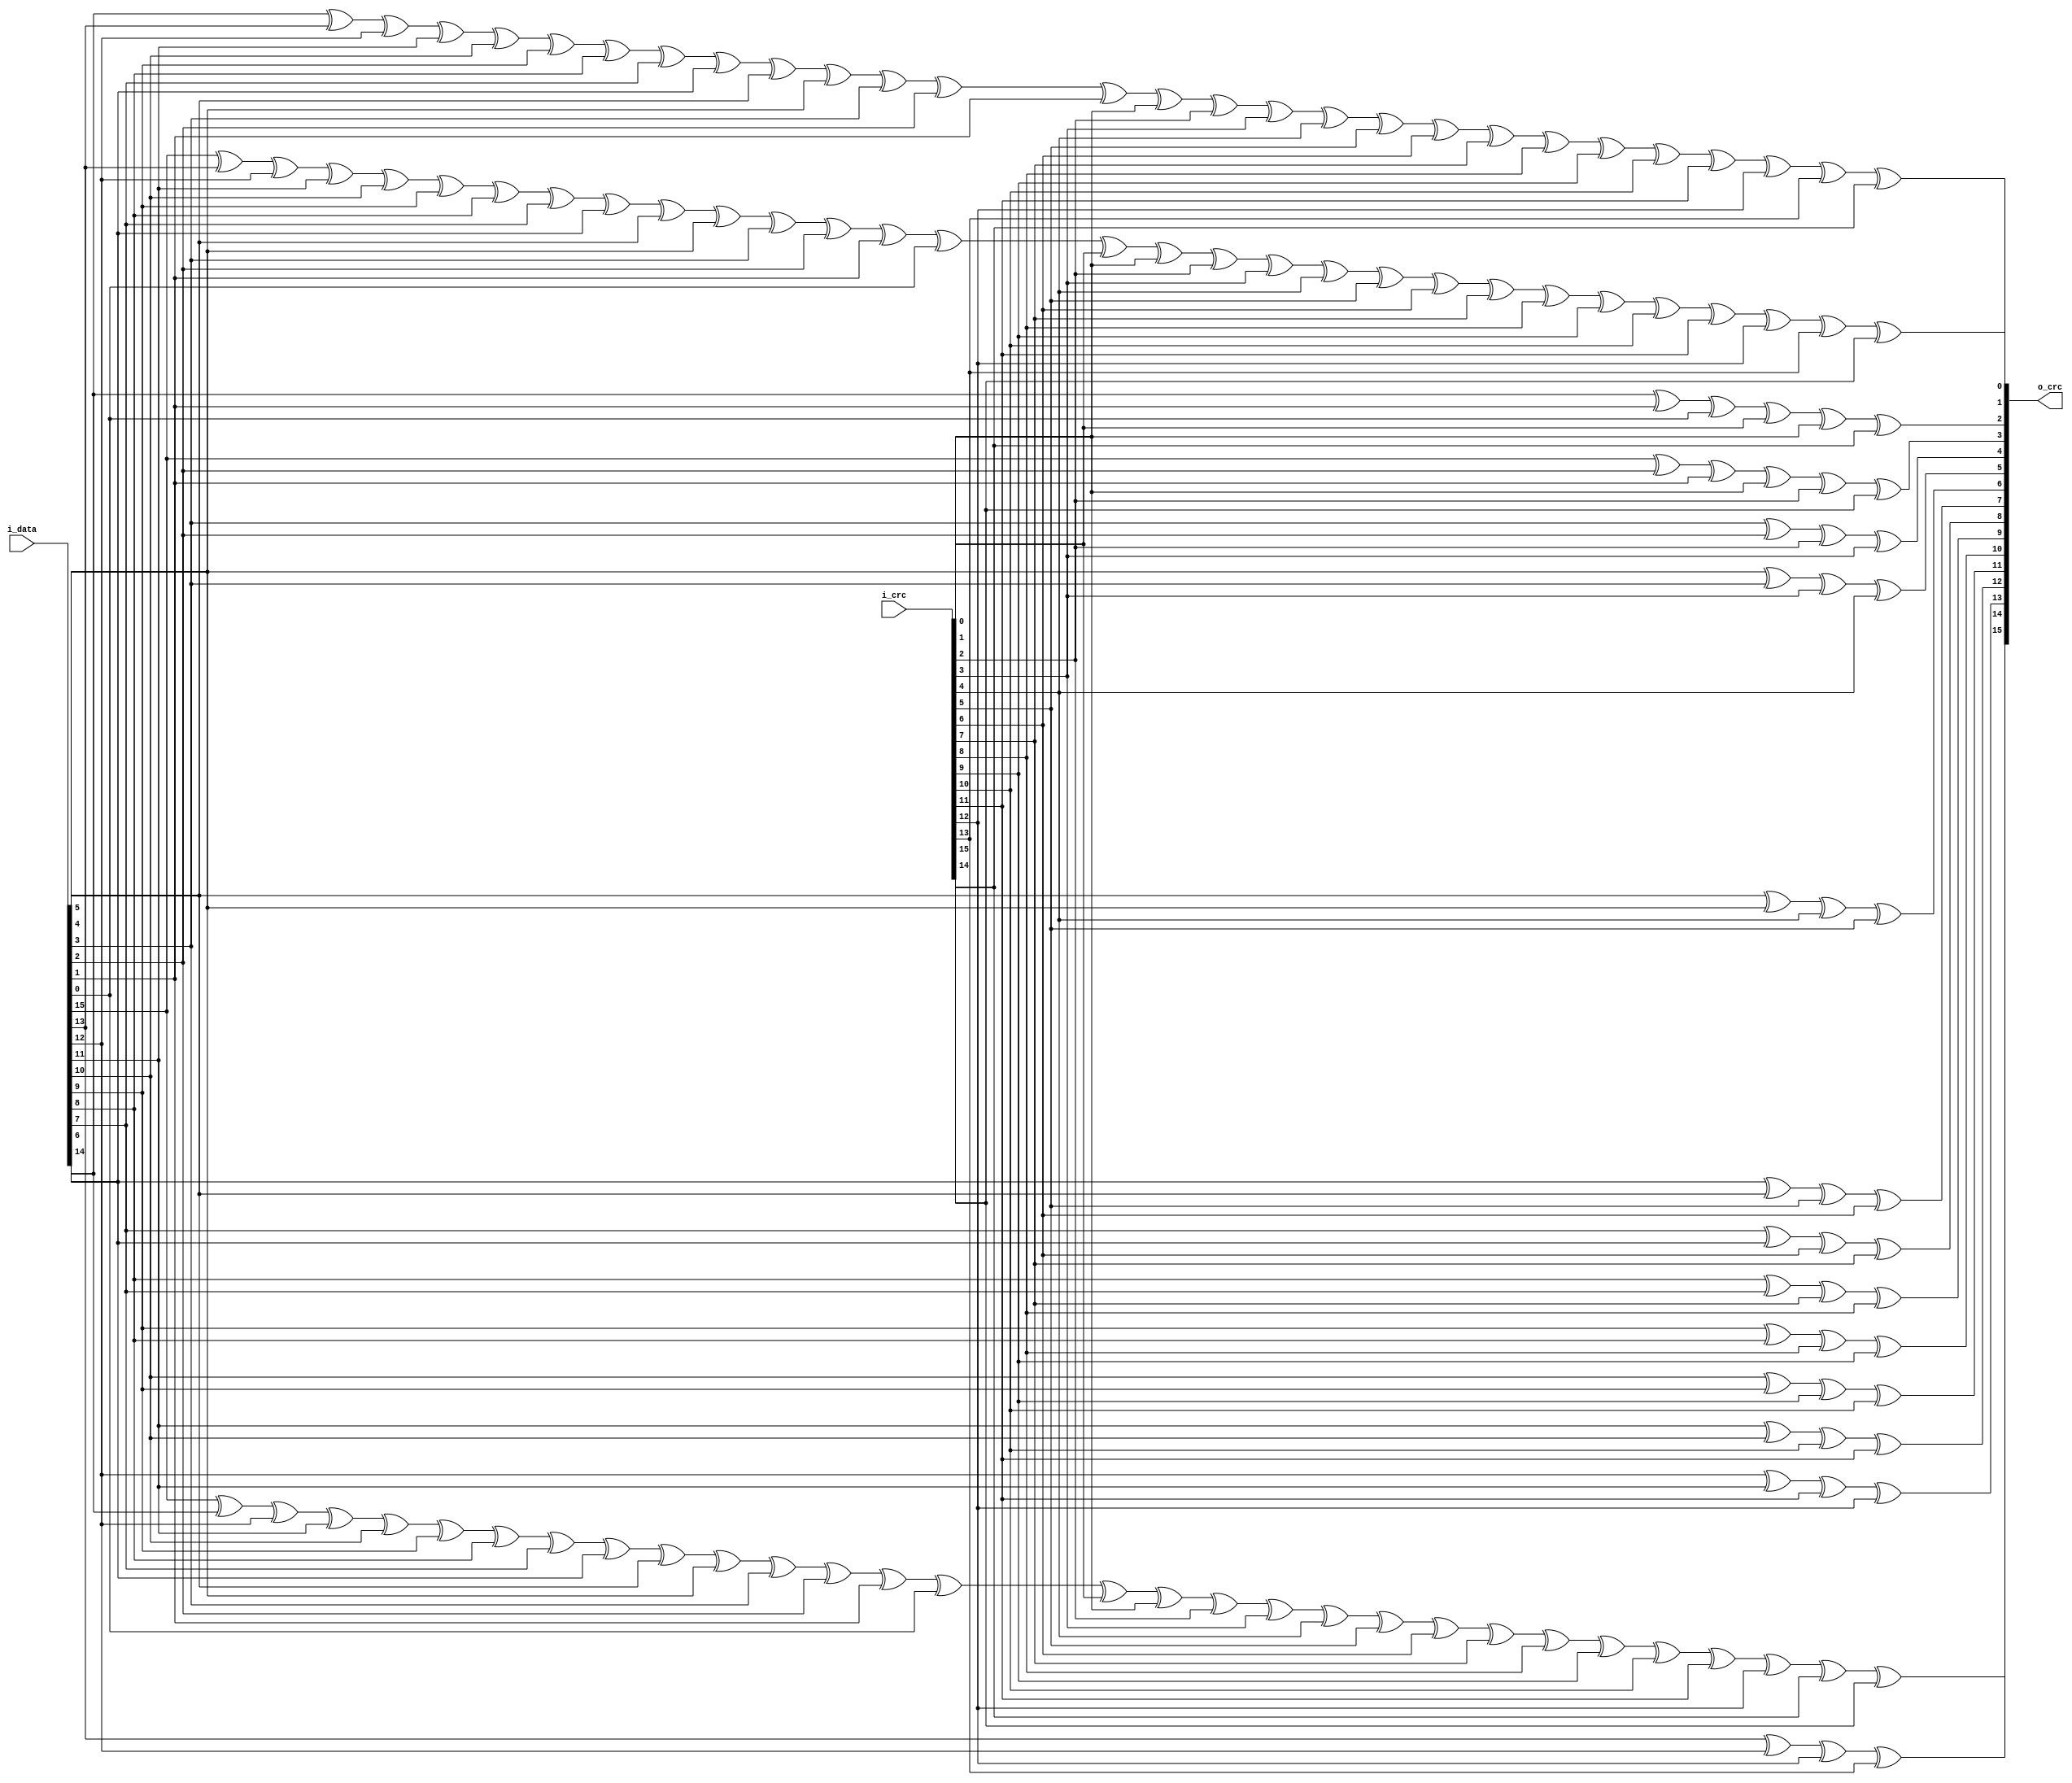
////////////////////////////////////////////////////////////////////////////////
// Copyright (C) 1999-2008 Easics NV.
// This source file may be used and distributed without restriction
// provided that this copyright statement is not removed from the file
// and that any derivative work contains the original copyright notice
// and the associated disclaimer.
//
// THIS SOURCE FILE IS PROVIDED "AS IS" AND WITHOUT ANY EXPRESS
// OR IMPLIED WARRANTIES, INCLUDING, WITHOUT LIMITATION, THE IMPLIED
// WARRANTIES OF MERCHANTIBILITY AND FITNESS FOR A PARTICULAR PURPOSE.
//
// Purpose : synthesizable CRC function
//   * polynomial: (0 2 15 16)
//   * data width: 16
//
// Info : tools@easics.be
//        http://www.easics.com
////////////////////////////////////////////////////////////////////////////////
`timescale 1ns/1ps

module crc16 (
  input      [15:0] i_data,
  input      [15:0] i_crc,
  output reg [15:0] o_crc
);

  reg [15:0] d;
  reg [15:0] c;
  reg [15:0] n;

  // polynomial: (0 2 15 16)
  // data width: 16
  // convention: the first serial bit is D[15]
  always @(*) begin
    d = i_data;
    c = i_crc;

    n[0]  = d[15] ^ d[13] ^ d[12] ^ d[11] ^ d[10] ^ d[9] ^ d[8] ^ d[7] ^ d[6] ^
            d[5] ^ d[4] ^ d[3] ^ d[2] ^ d[1] ^ d[0] ^ c[0] ^ c[1] ^ c[2] ^ 
            c[3] ^ c[4] ^ c[5] ^ c[6] ^ c[7] ^ c[8] ^ c[9] ^ c[10] ^ c[11] ^ 
            c[12] ^ c[13] ^ c[15];

    n[1]  = d[14] ^ d[13] ^ d[12] ^ d[11] ^ d[10] ^ d[9] ^ d[8] ^ d[7] ^ d[6] ^
            d[5] ^ d[4] ^ d[3] ^ d[2] ^ d[1] ^ c[1] ^ c[2] ^ c[3] ^ c[4] ^ 
            c[5] ^ c[6] ^ c[7] ^ c[8] ^ c[9] ^ c[10] ^ c[11] ^ c[12] ^ 
            c[13] ^ c[14];

    n[2]  = d[14] ^ d[1] ^ d[0] ^ c[0] ^ c[1] ^ c[14];

    n[3]  = d[15] ^ d[2] ^ d[1] ^ c[1] ^ c[2] ^ c[15];

    n[4]  = d[3] ^ d[2] ^ c[2] ^ c[3];

    n[5]  = d[4] ^ d[3] ^ c[3] ^ c[4];

    n[6]  = d[5] ^ d[4] ^ c[4] ^ c[5];

    n[7]  = d[6] ^ d[5] ^ c[5] ^ c[6];

    n[8]  = d[7] ^ d[6] ^ c[6] ^ c[7];

    n[9]  = d[8] ^ d[7] ^ c[7] ^ c[8];

    n[10] = d[9] ^ d[8] ^ c[8] ^ c[9];

    n[11] = d[10] ^ d[9] ^ c[9] ^ c[10];

    n[12] = d[11] ^ d[10] ^ c[10] ^ c[11];

    n[13] = d[12] ^ d[11] ^ c[11] ^ c[12];

    n[14] = d[13] ^ d[12] ^ c[12] ^ c[13];

    n[15] = d[15] ^ d[14] ^ d[12] ^ d[11] ^ d[10] ^ d[9] ^ d[8] ^ d[7] ^ d[6] ^
            d[5] ^ d[4] ^ d[3] ^ d[2] ^ d[1] ^ d[0] ^ c[0] ^ c[1] ^ c[2] ^ 
            c[3] ^ c[4] ^ c[5] ^ c[6] ^ c[7] ^ c[8] ^ c[9] ^ c[10] ^ c[11] ^ 
            c[12] ^ c[14] ^ c[15];

    o_crc = n;
  end

endmodule